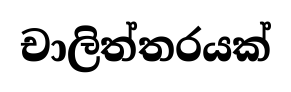
චාලිත්තරයක්